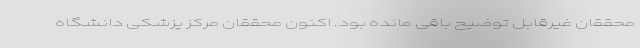
محققان غیرقابل توضیح باقی مانده بود. اکنون محققان مرکز پزشکی دانشگاه